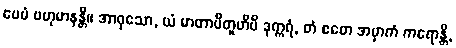
ပေမံ ဗဟုမာနန္တိ။ အာဝုသော, ယံ မာတာပိတူဟိပိ ဒုက္ကရံ, တံ ဧတေ အမှာကံ ကရောန္တိ,